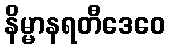
နိမ္မာနရတီဒေဝေ